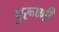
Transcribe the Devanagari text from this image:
पुरूष्णी